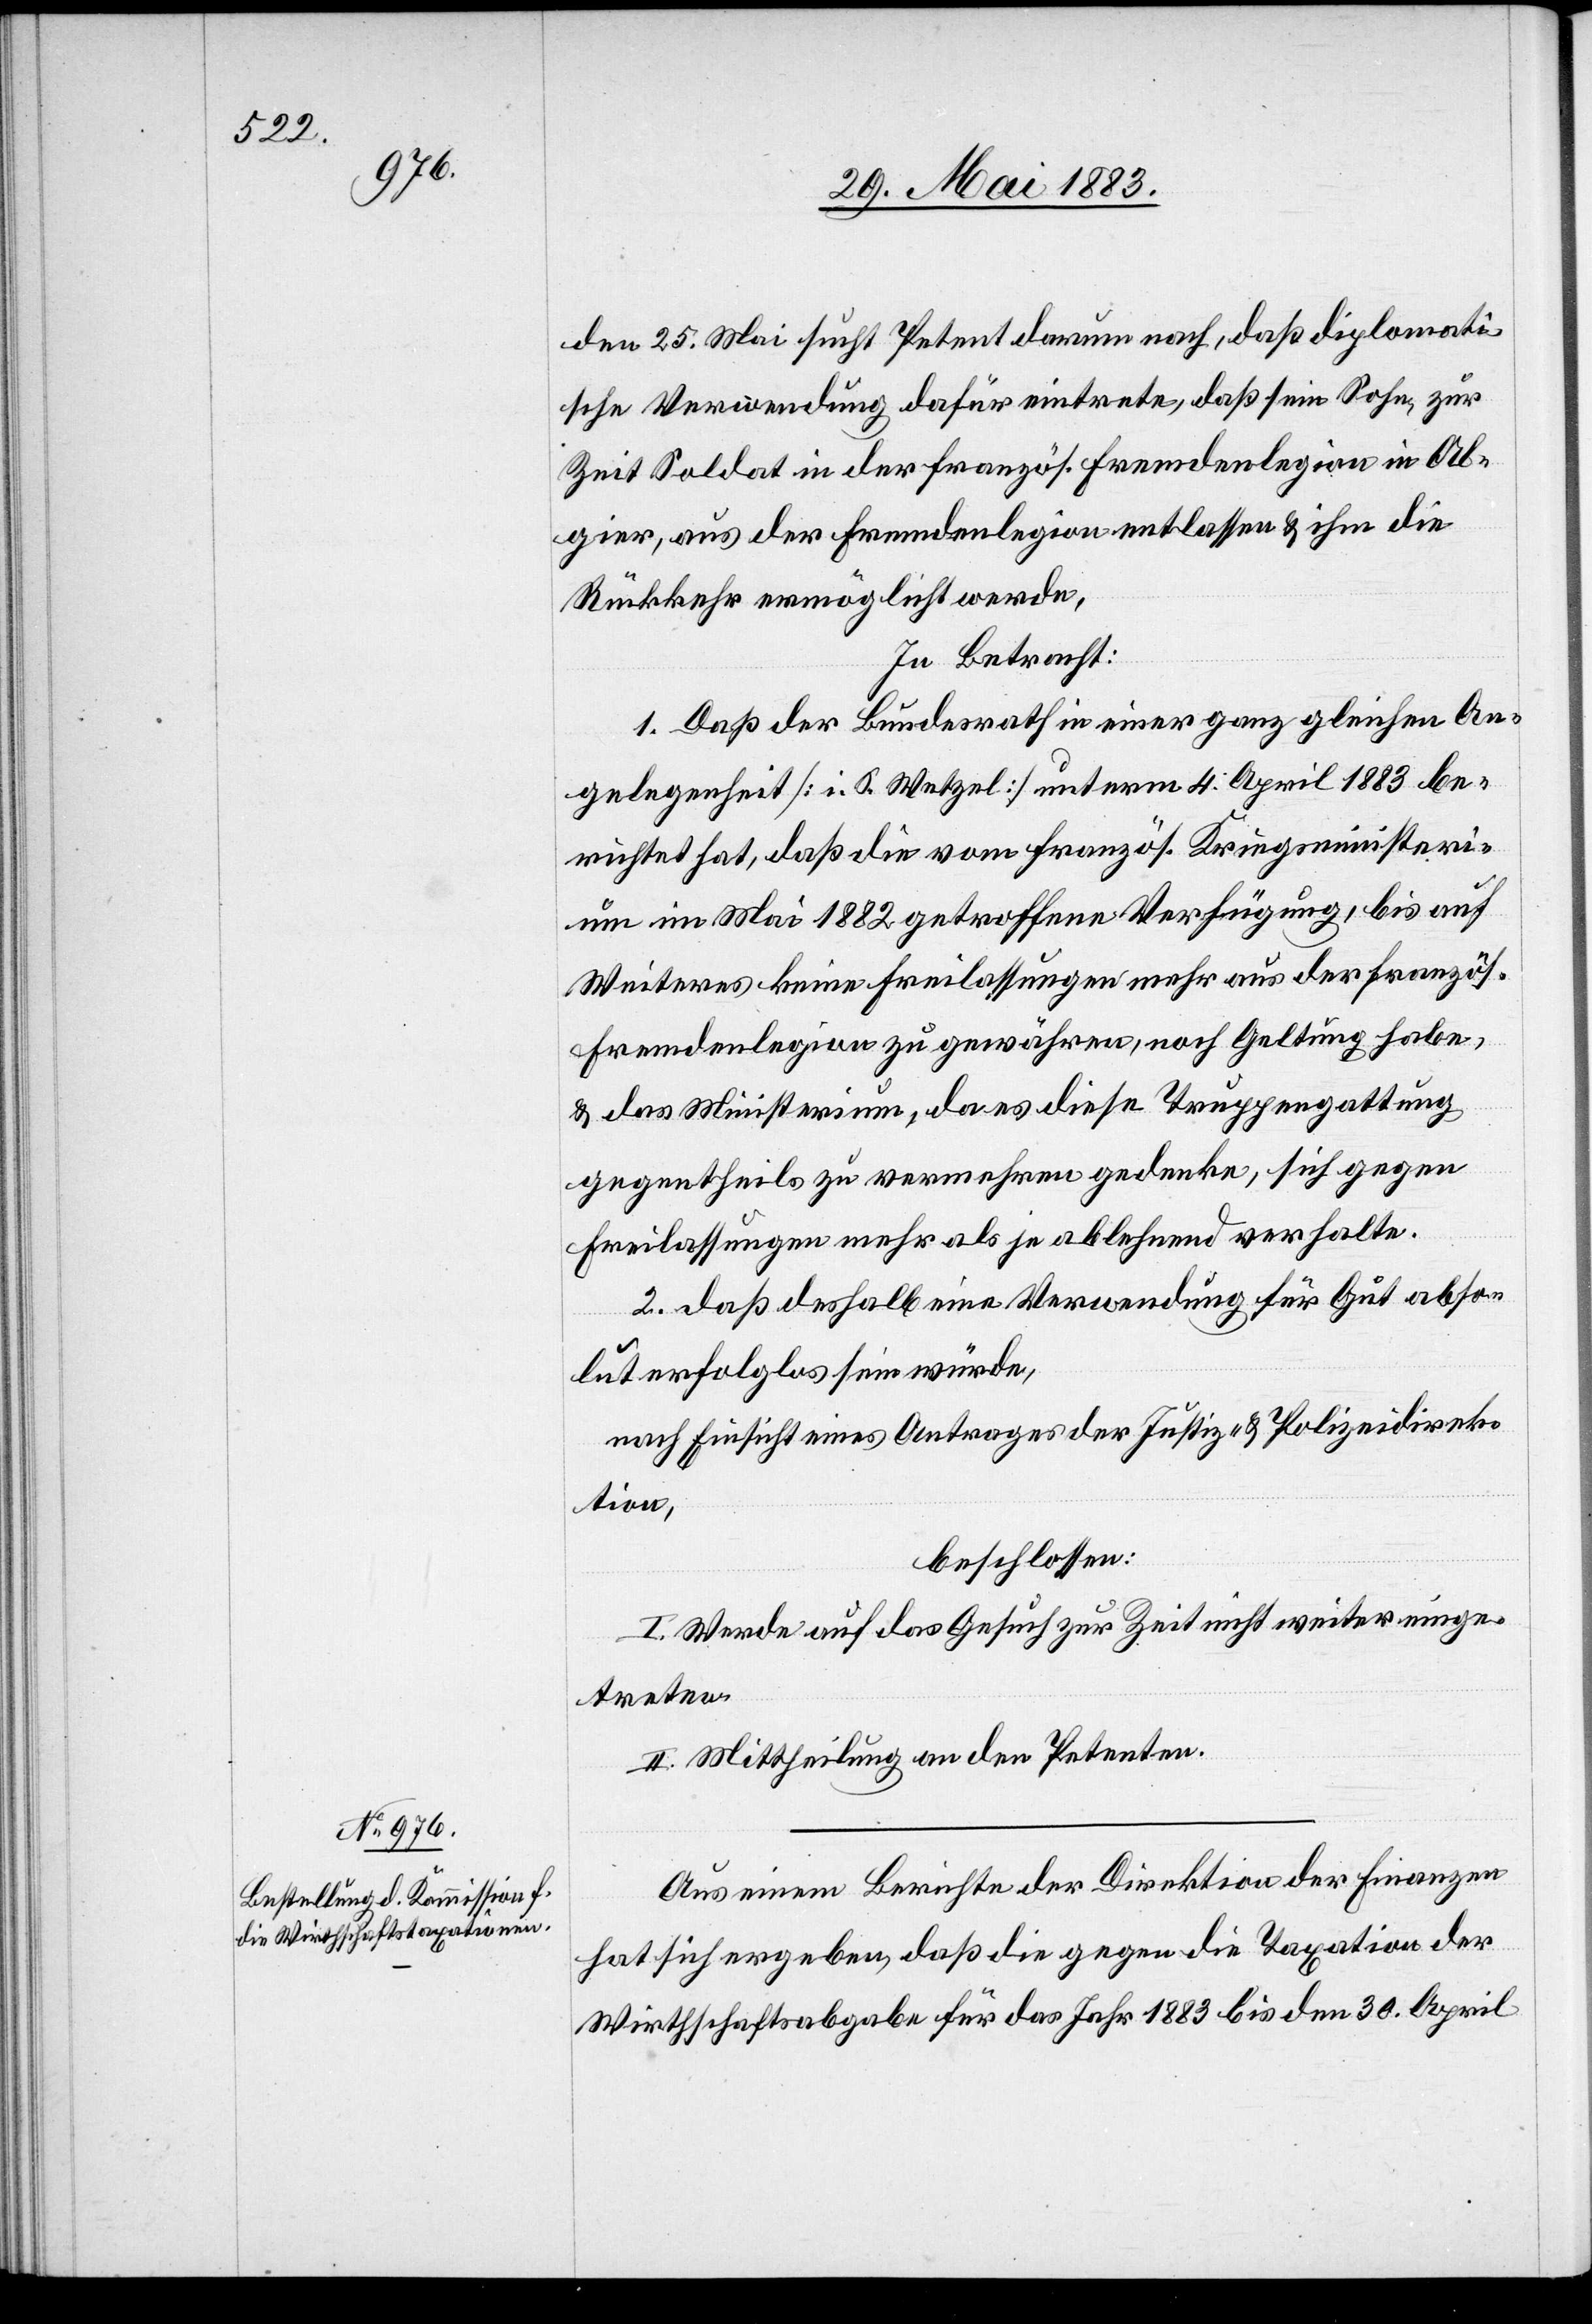
den 25. Mai sucht Petent darum nach, daß die diplomati¬
sche Verwendung dafür eintrete, daß sein Sohn, zur
Zeit Soldat in der französ. Fremdenlegion in Al¬
gier, aus der Fremdenlegion entlassen & ihm die
Rückkehr ermöglicht werde.
In Betracht:
1. Daß der Bundesrath in einer ganz gleichen An¬
gelegenheit [i. S. Wetzel] unterm 4. April 1883 be¬
richtet hat, daß die vom französ. Kriegsministeri¬
um im Mai 1882 getroffene Verfügung, bis auf
Weiteres keine Freilassungen mehr aus der französ.
Fremdenlegion zu gewähren, noch Geltung haben,
& das Ministerium, da es diese Truppengattung
gegentheils zu vernehmen gedenke, sich gegen
Freilassungen mehr als je ablehnend verhalte.
2. daß deshalb eine Verwendung für Gut abso¬
lut erfolglos sein würde,
nach Einsicht eines Antrages der Justiz- & Polizeidirek¬
tion,
beschlossen:
I. Werde auf das Gesuch zur Zeit nicht weiter einge¬
treten.
II. Mittheilung an den Petenten.
Aus einem Berichte der Direktion der Finanzen
hat sich ergeben, daß die gegen die Taxation der
Wirthschaftsabgabe für das Jahr 1883 bis den 30. April